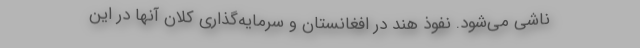
ناشی می‌شود. نفوذ هند در افغانستان و سرمایه‌گذاری کلان آنها در این